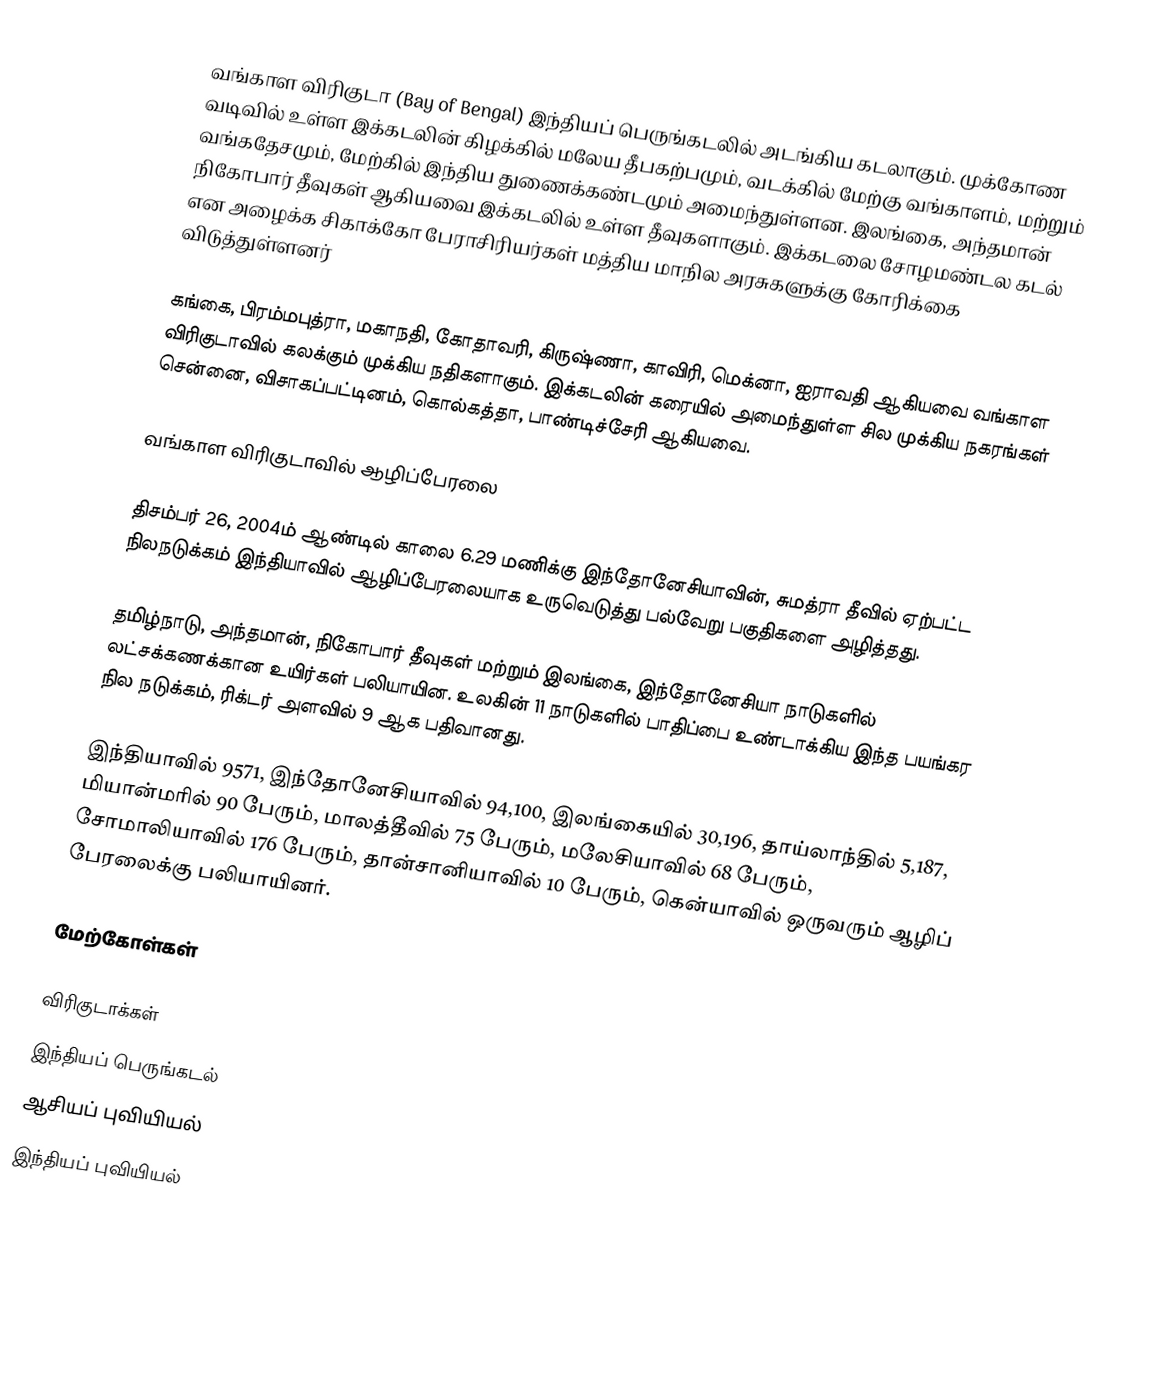
வங்காள விரிகுடா (Bay of Bengal) இந்தியப் பெருங்கடலில் அடங்கிய கடலாகும். முக்கோண வடிவில் உள்ள இக்கடலின் கிழக்கில் மலேய தீபகற்பமும், வடக்கில் மேற்கு வங்காளம், மற்றும் வங்கதேசமும், மேற்கில் இந்திய துணைக்கண்டமும் அமைந்துள்ளன. இலங்கை, அந்தமான் நிகோபார் தீவுகள் ஆகியவை இக்கடலில் உள்ள தீவுகளாகும். இக்கடலை சோழமண்டல கடல் என அழைக்க சிகாக்கோ பேராசிரியர்கள் மத்திய மாநில அரசுகளுக்கு கோரிக்கை விடுத்துள்ளனர்

கங்கை, பிரம்மபுத்ரா, மகாநதி, கோதாவரி, கிருஷ்ணா, காவிரி, மெக்னா, ஐராவதி ஆகியவை வங்காள விரிகுடாவில் கலக்கும் முக்கிய நதிகளாகும். இக்கடலின் கரையில் அமைந்துள்ள சில முக்கிய நகரங்கள் சென்னை, விசாகப்பட்டினம், கொல்கத்தா, பாண்டிச்சேரி ஆகியவை.

வங்காள விரிகுடாவில் ஆழிப்பேரலை

திசம்பர் 26, 2004ம் ஆண்டில் காலை 6.29 மணிக்கு இந்தோனேசியாவின், சுமத்ரா தீவில் ஏற்பட்ட நிலநடுக்கம் இந்தியாவில் ஆழிப்பேரலையாக உருவெடுத்து பல்வேறு பகுதிகளை அழித்தது.

தமிழ்நாடு, அந்தமான், நிகோபார் தீவுகள் மற்றும் இலங்கை, இந்தோனேசியா நாடுகளில் லட்சக்கணக்கான உயிர்கள் பலியாயின. உலகின் 11 நாடுகளில் பாதிப்பை உண்டாக்கிய இந்த பயங்கர நில நடுக்கம், ரிக்டர் அளவில் 9 ஆக பதிவானது.

இந்தியாவில் 9571, இந்தோனேசியாவில் 94,100, இலங்கையில் 30,196, தாய்லாந்தில் 5,187, மியான்மரில் 90 பேரும், மாலத்தீவில் 75 பேரும், மலேசியாவில் 68 பேரும், சோமாலியாவில் 176 பேரும், தான்சானியாவில் 10 பேரும், கென்யாவில் ஒருவரும் ஆழிப் பேரலைக்கு பலியாயினர்.

மேற்கோள்கள்

விரிகுடாக்கள்
இந்தியப் பெருங்கடல்
ஆசியப் புவியியல்
இந்தியப் புவியியல்